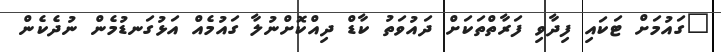
"ގައުމަށް ޓަކައި ފިދާވި ފަރާތްތަކަށް ދައުވަތު ކާޑް ދިއްކޮށްނުލާ ގައުމެއް އަޅުގަނޑުމެން ނުދެކެން